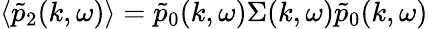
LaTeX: \langle\tilde{p}_{2}(k,\omega)\rangle=\tilde{p}_{0}(k,\omega)\Sigma(k,\omega)\tilde{p}_{0}(k,\omega)